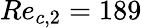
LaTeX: Re_{c,2}=189